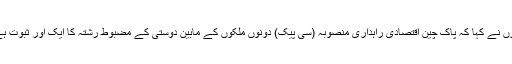
انہوں نے کہا کہ پاک چین اقتصادی راہداری منصوبہ (سی پیک) دونوں ملکوں کے مابین دوستی کے مضبوط رشتہ کا ایک اور ثبوت ہے ۔